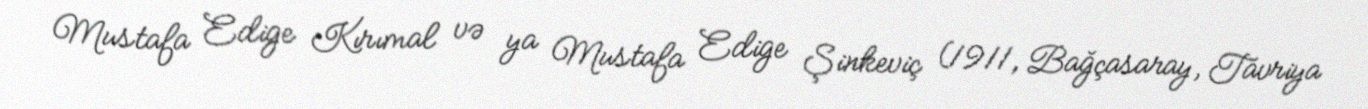
Mustafa Edige Kırımal və ya Mustafa Edige Şinkeviç (1911, Bağçasaray, Tavriya